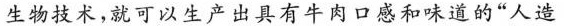
生物技术，就可以生产出具有牛肉口感和味道的”人造